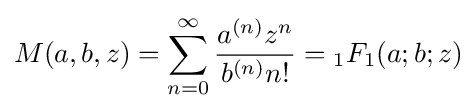
M(a,b,z)=\sum _{n=0}^{\infty }{\frac {a^{(n)}z^{n}}{b^{(n)}n!}}={}_{1}F_{1}(a;b;z)